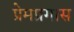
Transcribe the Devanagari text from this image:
प्रेमप्रगास